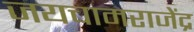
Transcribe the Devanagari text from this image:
जयचामराजेंद्र